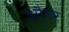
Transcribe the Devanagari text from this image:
औगर